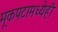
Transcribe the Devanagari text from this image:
मूकपटामध्येही